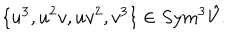
\{ u ^ { 3 } , u ^ { 2 } v , u v ^ { 2 } , v ^ { 3 } \} \in S y m ^ { 3 } \hat { V } .